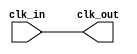
module clock_buffer (
    input wire clk_in,         // Clock input
    output wire clk_out        // Clock output
);

// Buffer implementation
// The buffer can be implemented using a simple assign statement
// or using a more complex logic if needed for specific applications.

assign clk_out = clk_in; // Directly connect the input clock to the output

endmodule